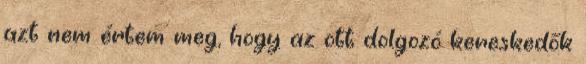
azt nem értem meg, hogy az ott dolgozó kereskedők